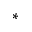
\ast